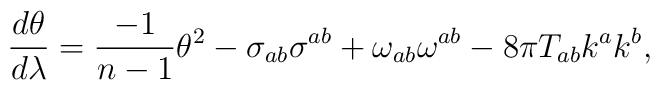
{{d\theta}\over{d\lambda}} = {{{-1}\over{n-1}}{\theta^2}} - \sigma_{ab}\sigma^{ab} + \omega_{ab}\omega^{ab} - 8\pi T_{ab}k^{a}k^{b},